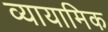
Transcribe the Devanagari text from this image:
व्यायामिक